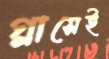
গ্লাসেই